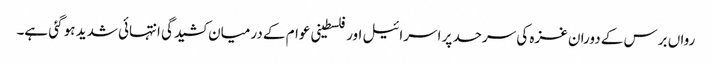
رواں برس کے دوران غزہ کی سرحد پر اسرائیل اور فلسطینی عوام کے درمیان کشیدگی انتہائی شدید ہو گئی ہے۔